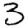
Digit: 3